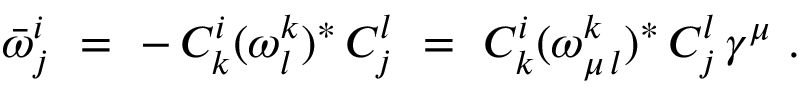
\bar { \omega } _ { j } ^ { i } \ = \ - \, C _ { k } ^ { i } ( \omega _ { l } ^ { k } ) ^ { * } \, C _ { j } ^ { l } \ = \ C _ { k } ^ { i } ( \omega _ { \mu \, l } ^ { k } ) ^ { * } \, C _ { j } ^ { l } \, \gamma ^ { \mu } \ .